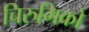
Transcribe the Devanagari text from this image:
चिरुगिको